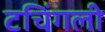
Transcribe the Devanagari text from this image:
टचिंगली